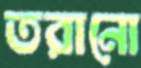
তরানো